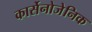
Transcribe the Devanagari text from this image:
कार्सेनोजेनिक